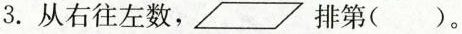
3.从右往左数，▱排第()。